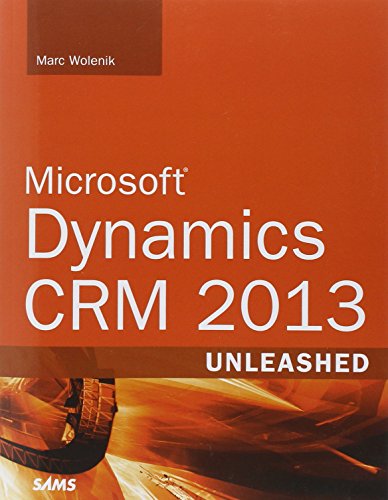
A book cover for Microsoft Dynamics CRM 2013 Unleashed; Marc Wolenik; Computers & Technology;